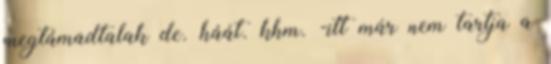
megtámadtalak de. háát. khm. -itt már nem tartja a